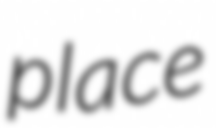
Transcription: place